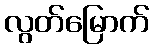
လွတ်မြောက်